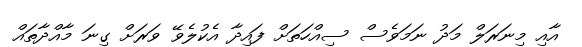
އާއި މިނަރަލް މަދު ނަމަވެސް ސިއްހަތަށް ފައިދާ އެކުލެވޭ ވަރަށް ގިނަ މާއްދާތައް